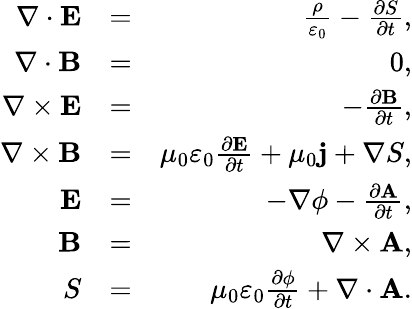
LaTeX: \begin{array}{rlr}{\nabla\cdot\mathbf{E}}&{=}&{\frac{\rho}{\varepsilon_{0}}-\frac{\partial S}{\partial t},}\\ {\nabla\cdot\mathbf{B}}&{=}&{0,}\\ {\nabla\times\mathbf{E}}&{=}&{-\frac{\partial\mathbf{B}}{\partial t},}\\ {\nabla\times\mathbf{B}}&{=}&{\mu_{0}\varepsilon_{0}\frac{\partial\mathbf{E}}{\partial t}+\mu_{0}\mathbf{j}+\nabla S,}\\ {\mathbf{E}}&{=}&{-\nabla\phi-\frac{\partial\mathbf{A}}{\partial t},}\\ {\mathbf{B}}&{=}&{\nabla\times\mathbf{A},}\\ {S}&{=}&{\mu_{0}\varepsilon_{0}\frac{\partial\phi}{\partial t}+\nabla\cdot\mathbf{A}.}\end{array}